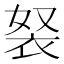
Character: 𧘽